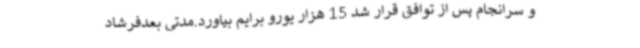
و سرانجام پس از توافق قرار شد 15 هزار یورو برایم بیاورد.مدتی بعدفرشاد